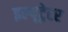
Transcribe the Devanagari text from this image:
इल्यूट्रेटर